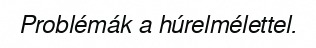
Problémák a húrelmélettel.